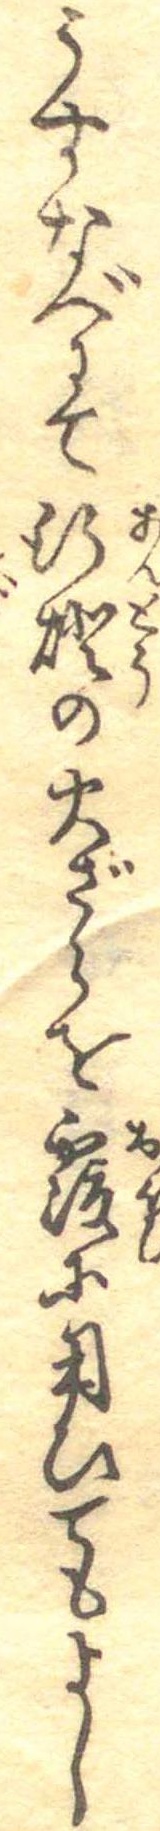
うすなべにて行灯の火ざらを覆に用ひてもよし